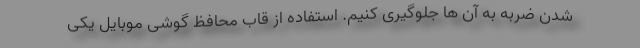
شدن ضربه به آن ها جلوگیری کنیم. استفاده از قاب محافظ گوشی موبایل یکی